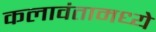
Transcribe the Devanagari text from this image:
कलावंतामध्ये